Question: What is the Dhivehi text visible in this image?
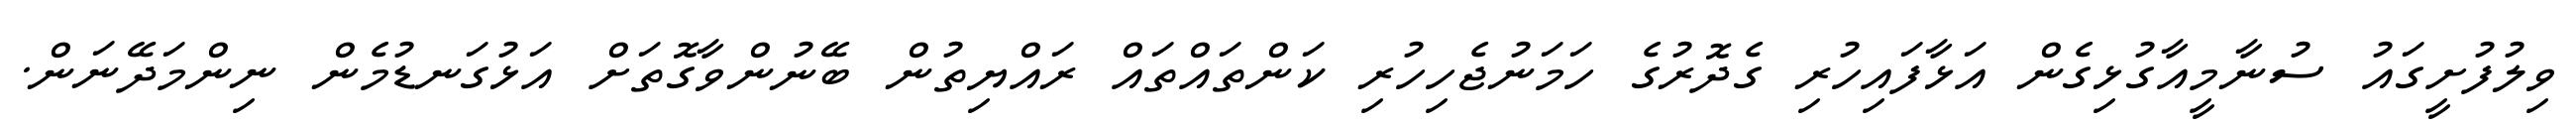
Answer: ވިލުފުށީގައު ސުނާމީއާގުޅިގެން އަޅާފައިހުރި ގެދޮރުގެ ހަމަނުޖެހިހުރި ކަންތައްތައް ރައްޔިތުން ބޭނުންވާގޮތަށް އަޅުގަނޑުމެން ނިންމަދޭނަން.